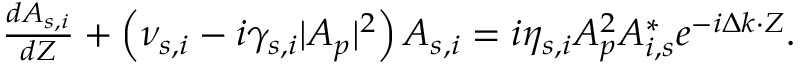
\begin{array} { r } { \frac { d A _ { s , i } } { d Z } + \left( \nu _ { s , i } - i \gamma _ { s , i } | A _ { p } | ^ { 2 } \right) A _ { s , i } = i \eta _ { s , i } A _ { p } ^ { 2 } A _ { i , s } ^ { * } e ^ { - i \Delta k \cdot Z } . } \end{array}